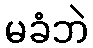
မခံဘဲ